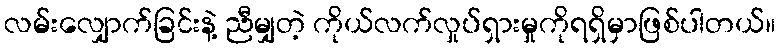
လမ်းလျှောက်ခြင်းနဲ့ ညီမျှတဲ့ ကိုယ်လက်လှုပ်ရှားမှုကိုရရှိမှာဖြစ်ပါတယ်။